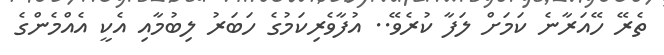
ތެރޭ ހޭއަރާނެ ކަމަށް ލަފާ ކުރެވޭ.. އުފާވެރިކަމުގެ ހަބަރު ލިބުމާއި އެކީ އެއްމެންގެ